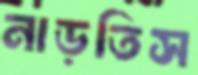
নাড়তিস